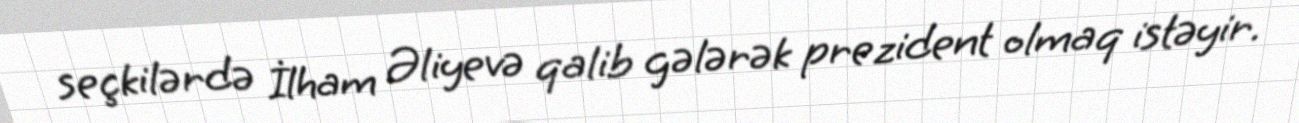
seçkilərdə İlham Əliyevə qalib gələrək prezident olmaq istəyir.